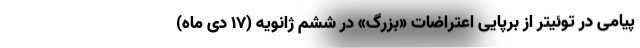
پیامی در توئیتر از برپایی اعتراضات «بزرگ» در ششم ژانویه (۱۷ دی ماه)